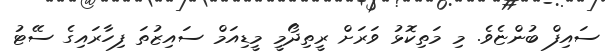
ސައިފް ބުންޏެވެ. މި މަތިކޮޅު ވަރަށް ރީތިދޯމީ މީޑިއަމް ސައިޒުތަ ފިހާރައިގެ ސޭޓު